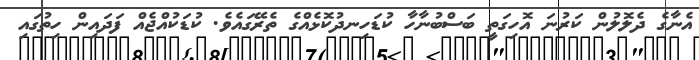
އެނާގެ ދެލޮލުން ކަރުނަ އޮހިގަތީ ބަސްބުނާހާ ކުޑަހިނދުކޮޅެއްގެ ތެރޭގައެވެ. ކުޑަކުއްޖެއް ފަދައިން ހިތުގައި